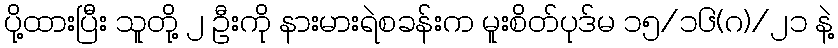
ပို့ထားပြီး သူတို့ ၂ ဦးကို နားမားရဲစခန်းက မူးစိတ်ပုဒ်မ ၁၅/၁၆(ဂ)/၂၁ နဲ့